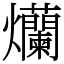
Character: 爤